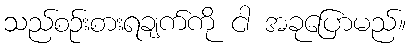
သည်စဉ်းစားရချက်ကို ငါ အခုပြောမည်။